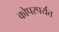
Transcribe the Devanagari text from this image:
कोपरपर्यंत